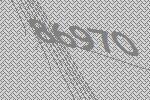
86970